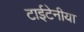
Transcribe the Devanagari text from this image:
टाईटेनीया